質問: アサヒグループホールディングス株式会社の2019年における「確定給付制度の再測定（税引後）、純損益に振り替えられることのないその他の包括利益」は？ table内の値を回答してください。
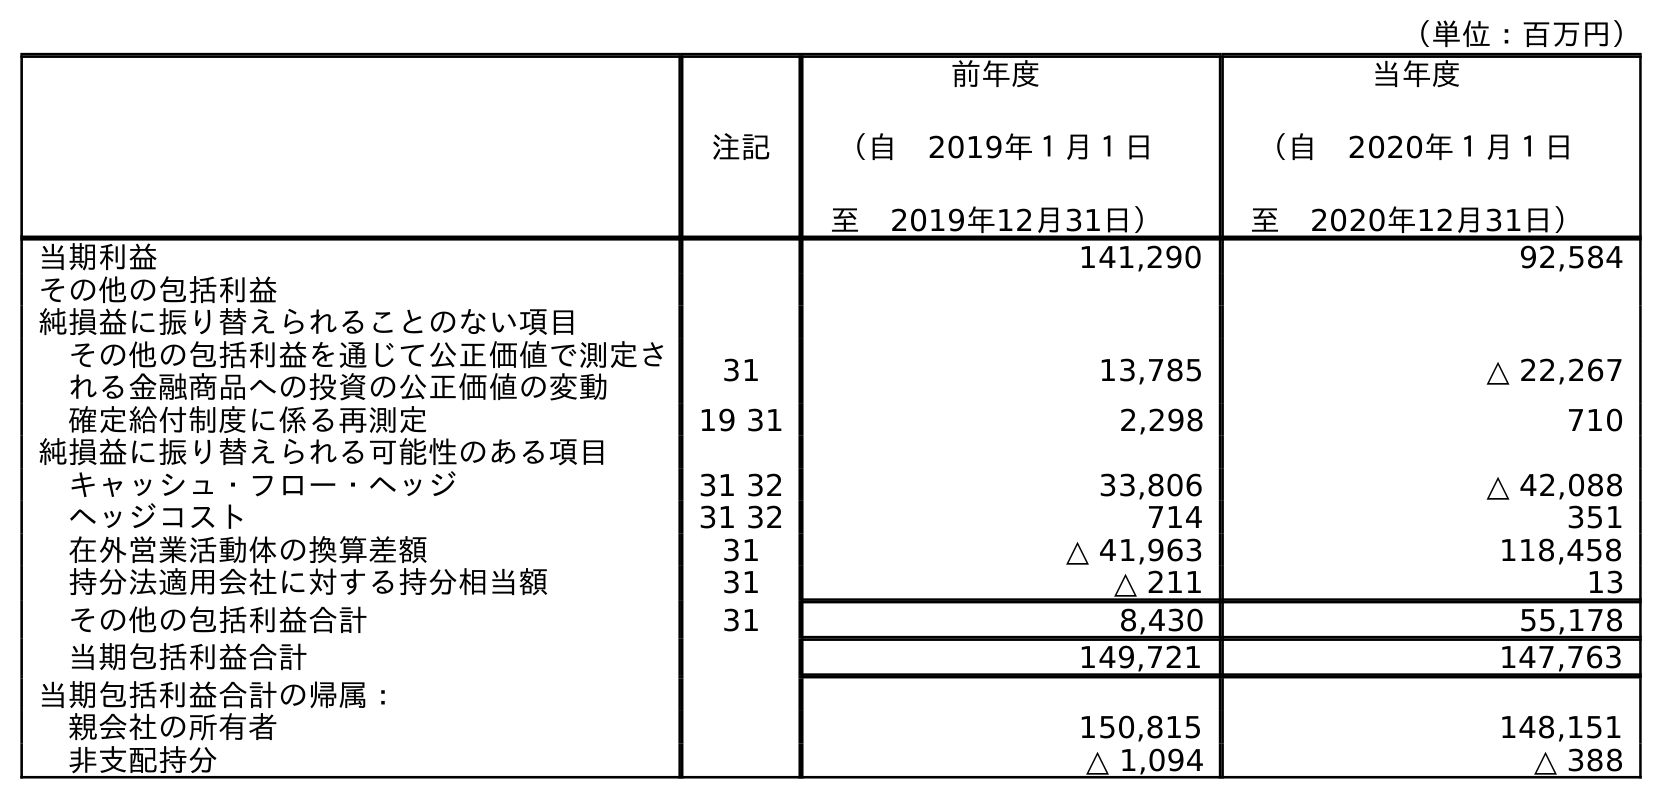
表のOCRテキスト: （単位：百万円） 注記 前年度 （自 2019年１月１日 至 2019年12月31日） 当年度 （自 2020年１月１日 至 2020年12月31日） 当期利益 141,290 92,584 その他の包括利益 純損益に振り替えられることのない項目 その他の包括利益を通じて公正価値で測定さ れる金融商品への投資の公正価値の変動 31 13,785 △ 22,267 確定給付制度に係る再測定 19 31 2,298 710 純損益に振り替えられる可能性のある項目 キャッシュ・フロー・ヘッジ 31 32 33,806 △ 42,088 ヘッジコスト 31 32 714 351 在外営業活動体の換算差額 31 △ 41,963 118,458 持分法適用会社に対する持分相当額 31 △ 211 13 その他の包括利益合計 31 8,430 55,178 当期包括利益合計 149,721 147,763 当期包括利益合計の帰属： 親会社の所有者 150,815 148,151 非支配持分 △ 1,094 △ 388
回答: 2,298